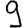
Digit: 9